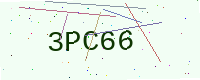
Text: 3PC66